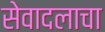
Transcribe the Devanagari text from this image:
सेवादलाचा